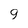
Character: g